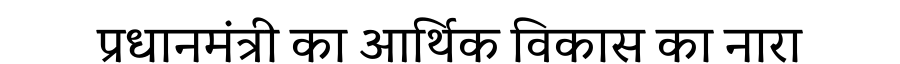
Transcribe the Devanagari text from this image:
प्रधानमंत्री का आर्थिक विकास का नारा